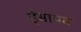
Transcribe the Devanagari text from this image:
ईसायत